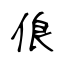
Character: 俍